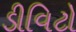
ડીવિટો